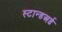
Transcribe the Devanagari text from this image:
स्टान्डअर्ड